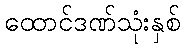
ထောင်ဒဏ်သုံးနှစ်